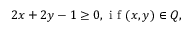
2 x + 2 y - 1 \ge 0 , \mathrm { ~ i ~ f ~ } ( x , y ) \in Q ,